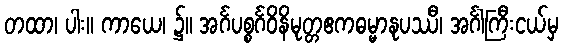
တထာ၊ ပါး။ ကာယေ၊ ၌။ အင်္ဂပစ္စင်္ဂဝိနိမုတ္တဧကဓမ္မာနုပဿီ၊ အင်္ဂါကြီးငယ်မှ